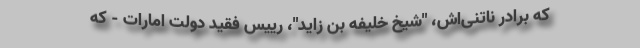
که برادر ناتنی‌اش، "شیخ خلیفه بن زاید"، رییس فقید دولت امارات - که